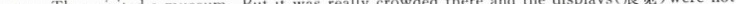
way. They visited a museum. But it was real!ly crowded there and the displays(展览)were not